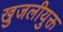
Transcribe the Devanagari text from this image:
खुजलीयुक्त